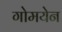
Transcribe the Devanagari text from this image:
गोमयेन